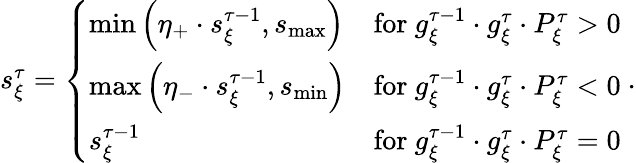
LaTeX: \begin{array}{r}{s_{\xi}^{\tau}=\left\{ \begin{array}{ll}{\mathrm{min}\left(\eta_{+}\cdot s_{\xi}^{\tau-1},s_{\mathrm{max}}\right)}&{\mathrm{for}\ g_{\xi}^{\tau-1}\cdot g_{\xi}^{\tau}\cdot P_{\xi}^{\tau}>0}\\ {\mathrm{max}\left(\eta_{-}\cdot s_{\xi}^{\tau-1},s_{\mathrm{min}}\right)}&{\mathrm{for}\ g_{\xi}^{\tau-1}\cdot g_{\xi}^{\tau}\cdot P_{\xi}^{\tau}<0}\\ {s_{\xi}^{\tau-1}}&{\mathrm{for}\ g_{\xi}^{\tau-1}\cdot g_{\xi}^{\tau}\cdot P_{\xi}^{\tau}=0}\end{array}\right.\ .}\end{array}